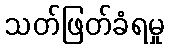
သတ်ဖြတ်ခံရမှု